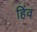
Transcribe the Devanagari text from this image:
हिंव